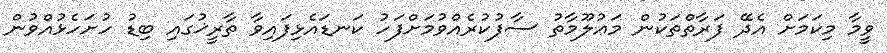
ވީމާ މިކަމަށް އެދޭ ފަރާތްތަކުން މަޢުލޫމާތު ސާފުކުރެއްވުމަށްފަހު ކަނޑައެޅިފައިވާ ތާރީޚުގައި ބިޑު ހުށަހެޅުއްވުން